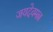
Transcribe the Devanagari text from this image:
जयदेवमल्ल